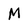
Character: M